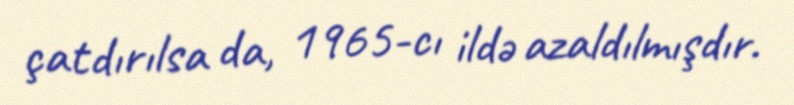
çatdırılsa da, 1965-cı ildə azaldılmışdır.